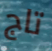
تاج